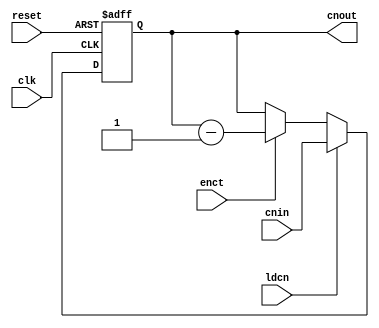
`timescale 1ns / 1ps
//////////////////////////////////////////////////////////////////////////////////
// Company: 
// Engineer: 
// 
// Design Name: 
// Module Name: counter
// Project Name: 
// Target Devices: 
// Tool Versions: 
// Description: 
// 
// Dependencies: 
// 
// Revision:
// Revision 0.01 - File Created
// Additional Comments:
// 
//////////////////////////////////////////////////////////////////////////////////


module counter(output reg [3:0] cnout, input [3:0] cnin, input ldcn,enct,clk,reset);
always @(posedge clk,posedge reset)
begin
    if(reset)
        cnout <= 0;
    else if(ldcn)
        cnout <= cnin;
    else if(enct)
        cnout <= cnout -1;
end
endmodule